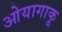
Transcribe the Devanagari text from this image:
ओयागाकू